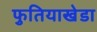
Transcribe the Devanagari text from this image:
फुतियाखेडा